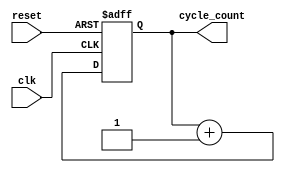
module clock_cycle_initialization (
    input wire clk,          // Periodic clock signal
    input wire reset,        // Control signal for resetting the counter
    output reg [31:0] cycle_count // 32-bit register to hold the clock cycle count
);

// Always block triggered on the rising edge of the clock or the reset signal
always @(posedge clk or posedge reset) begin
    if (reset) begin
        // Reset the cycle count to zero
        cycle_count <= 32'b0;
    end else begin
        // Increment the cycle count on each clock cycle
        cycle_count <= cycle_count + 1;
    end
end

endmodule